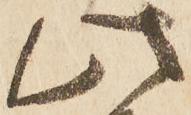
此